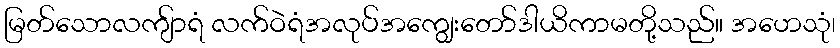
မြတ်သောလကျ်ာရံ လက်ဝဲရံအလုပ်အကျွေးတော်ဒါယိကာမတို့သည်။ အဟေသုံ၊